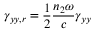
\gamma _ { y y , r } = \frac { 1 } { 2 } \frac { n _ { 2 } \omega } { c } \gamma _ { y y }